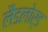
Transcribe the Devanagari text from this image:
लैंडलोर्ड